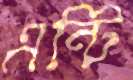
এন্টি